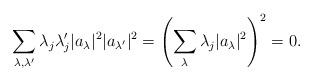
LaTeX: \begin{align*}\sum_{\lambda,\lambda'} \lambda_j \lambda'_j |a_\lambda|^2 |a_{\lambda'}|^2 = \left (\sum_\lambda \lambda_j |a_\lambda|^2 \right)^2 =0.\end{align*}